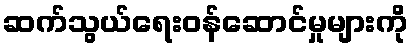
ဆက်သွယ်ရေးဝန်ဆောင်မှုများကို